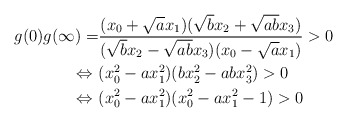
\begin{align*} g(0)g(\infty)=&\frac{(x_0+\sqrt{a}x_1)(\sqrt{b}x_2+\sqrt{ab}x_3)}{(\sqrt{b}x_2-\sqrt{ab}x_3)(x_0-\sqrt{a}x_1)}>0\\ \Leftrightarrow\ &(x_0^2-ax_1^2)(bx_2^2-abx_3^2)>0\\ \Leftrightarrow\ &(x_0^2-ax_1^2)(x_0^2-ax_1^2-1)>0\end{align*}